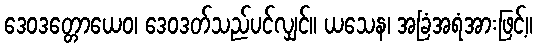
ဒေဝဒတ္တောယေဝ၊ ဒေဝဒတ်သည်ပင်လျှင်။ ယသေန၊ အခြံအရံအားဖြင့်။